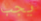
يجب